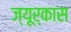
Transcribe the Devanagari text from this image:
ज्यूर्कास